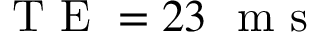
\mathrm { ~ T ~ E ~ } = 2 3 \ \mathrm { ~ m ~ s ~ }